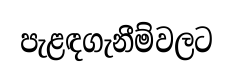
පැළඳගැනීම්වලට